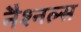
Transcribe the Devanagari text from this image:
नैश्नल्स